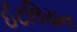
ઈટલિયન